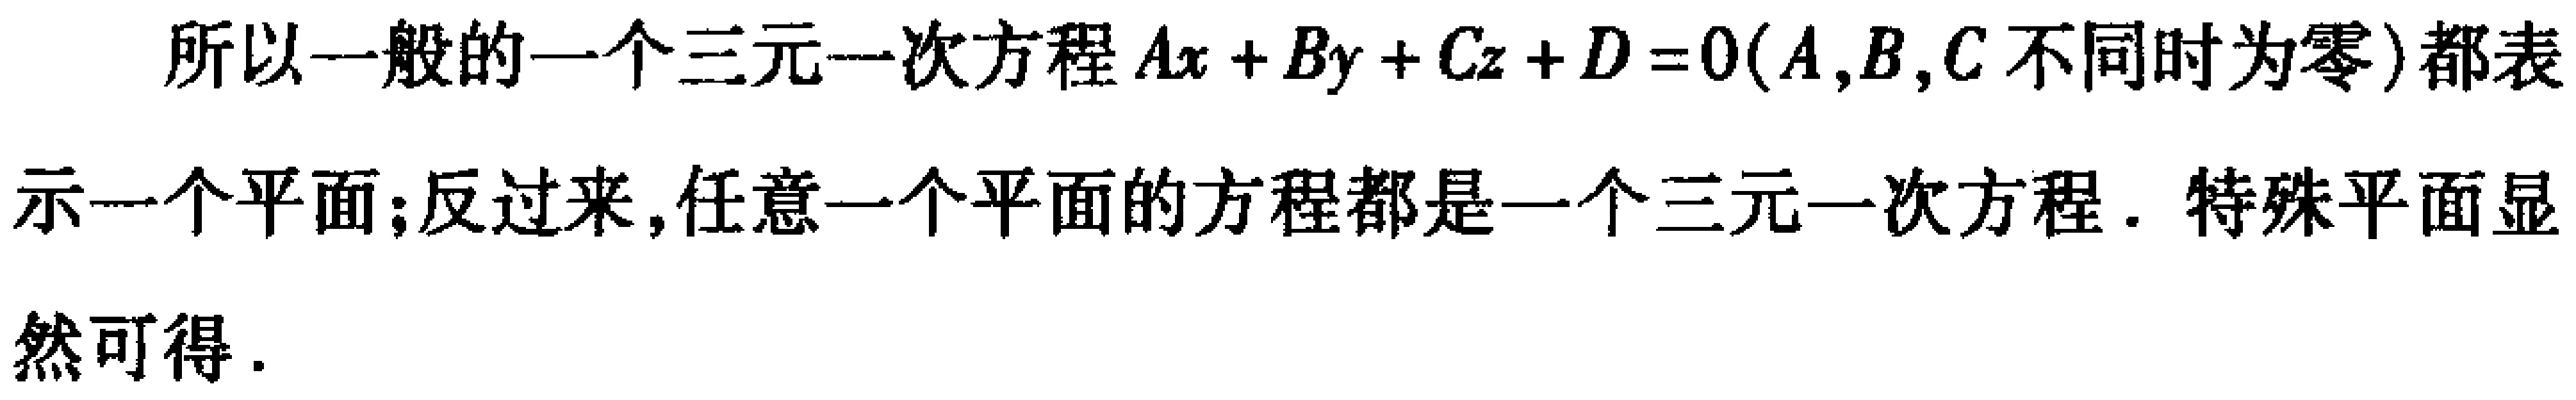
所以一般的一个三元一次方程\(Ax + By + Cz + D = 0(A,B,C\)不同时为零\()\)都表示一个平面;反过来,任意一个平面的方程都是一个三元一次方程. 特殊平面显然可得.